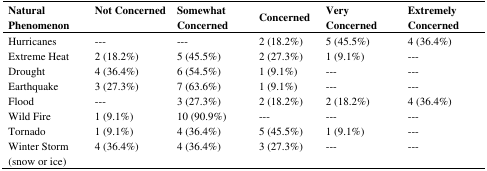
<table><thead><tr><td><b>Natural Phenomenon</b></td><td><b>Not Concerned</b></td><td><b>Somewhat Concerned</b></td><td><b>Concerned</b></td><td><b>Very Concerned</b></td><td><b>Extremely Concerned</b></td></tr></thead><tbody><tr><td>Hurricanes</td><td>---</td><td>---</td><td>2 (18.2%)</td><td>5 (45.5%)</td><td>4 (36.4%)</td></tr><tr><td>Extreme Heat </td><td>2 (18.2%)</td><td>5 (45.5%)</td><td>2 (27.3%)</td><td>1 (9.1%)</td><td>---</td></tr><tr><td>Drought</td><td>4 (36.4%)</td><td>6 (54.5%)</td><td>1 (9.1%)</td><td>---</td><td>---</td></tr><tr><td>Earthquake</td><td>3 (27.3%)</td><td>7 (63.6%)</td><td>1 (9.1%)</td><td>---</td><td>---</td></tr><tr><td>Flood</td><td>---</td><td>3 (27.3%)</td><td>2 (18.2%)</td><td>2 (18.2%)</td><td>4 (36.4%)</td></tr><tr><td>Wild Fire</td><td>1 (9.1%)</td><td>10 (90.9%)</td><td>---</td><td>---</td><td>---</td></tr><tr><td>Tornado</td><td>1 (9.1%)</td><td>4 (36.4%)</td><td>5 (45.5%)</td><td>1 (9.1%)</td><td>---</td></tr><tr><td>Winter Storm (snow or ice)</td><td>4 (36.4%)</td><td>4 (36.4%)</td><td>3 (27.3%)</td><td>---</td><td>---</td></tr></tbody></table>